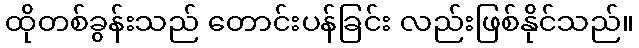
ထိုတစ်ခွန်းသည် တောင်းပန်ခြင်း လည်းဖြစ်နိုင်သည်။